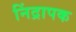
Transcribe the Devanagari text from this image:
निंद्रापक